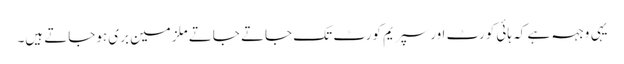
یہی وجہہ ہے کہ ہائی کورٹ اورسپریم کورٹ تک جاتے جاتے ملزمین بری ہوجاتے ہیں۔